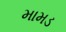
મામડ